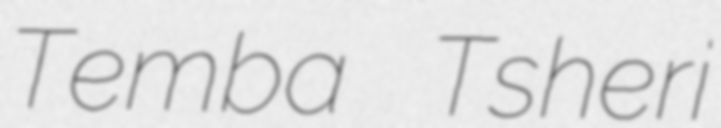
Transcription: Temba Tsheri